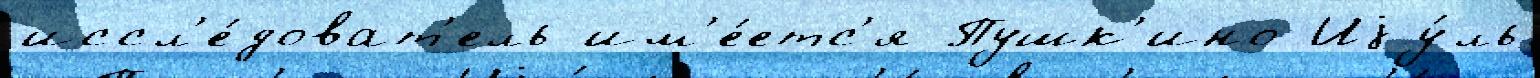
иссл'е́доват'ель им'е́етс'я Пушк'ино Иjу́ль